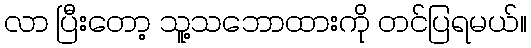
လာ ပြီးတော့ သူ့သဘောထားကို တင်ပြရမယ်။